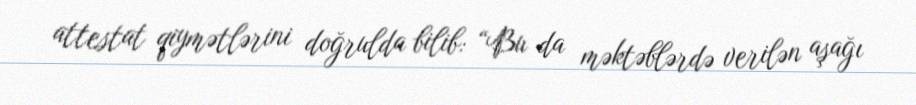
attestat qiymətlərini doğrulda bilib: “Bu da məktəblərdə verilən aşağı